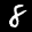
Label: 8